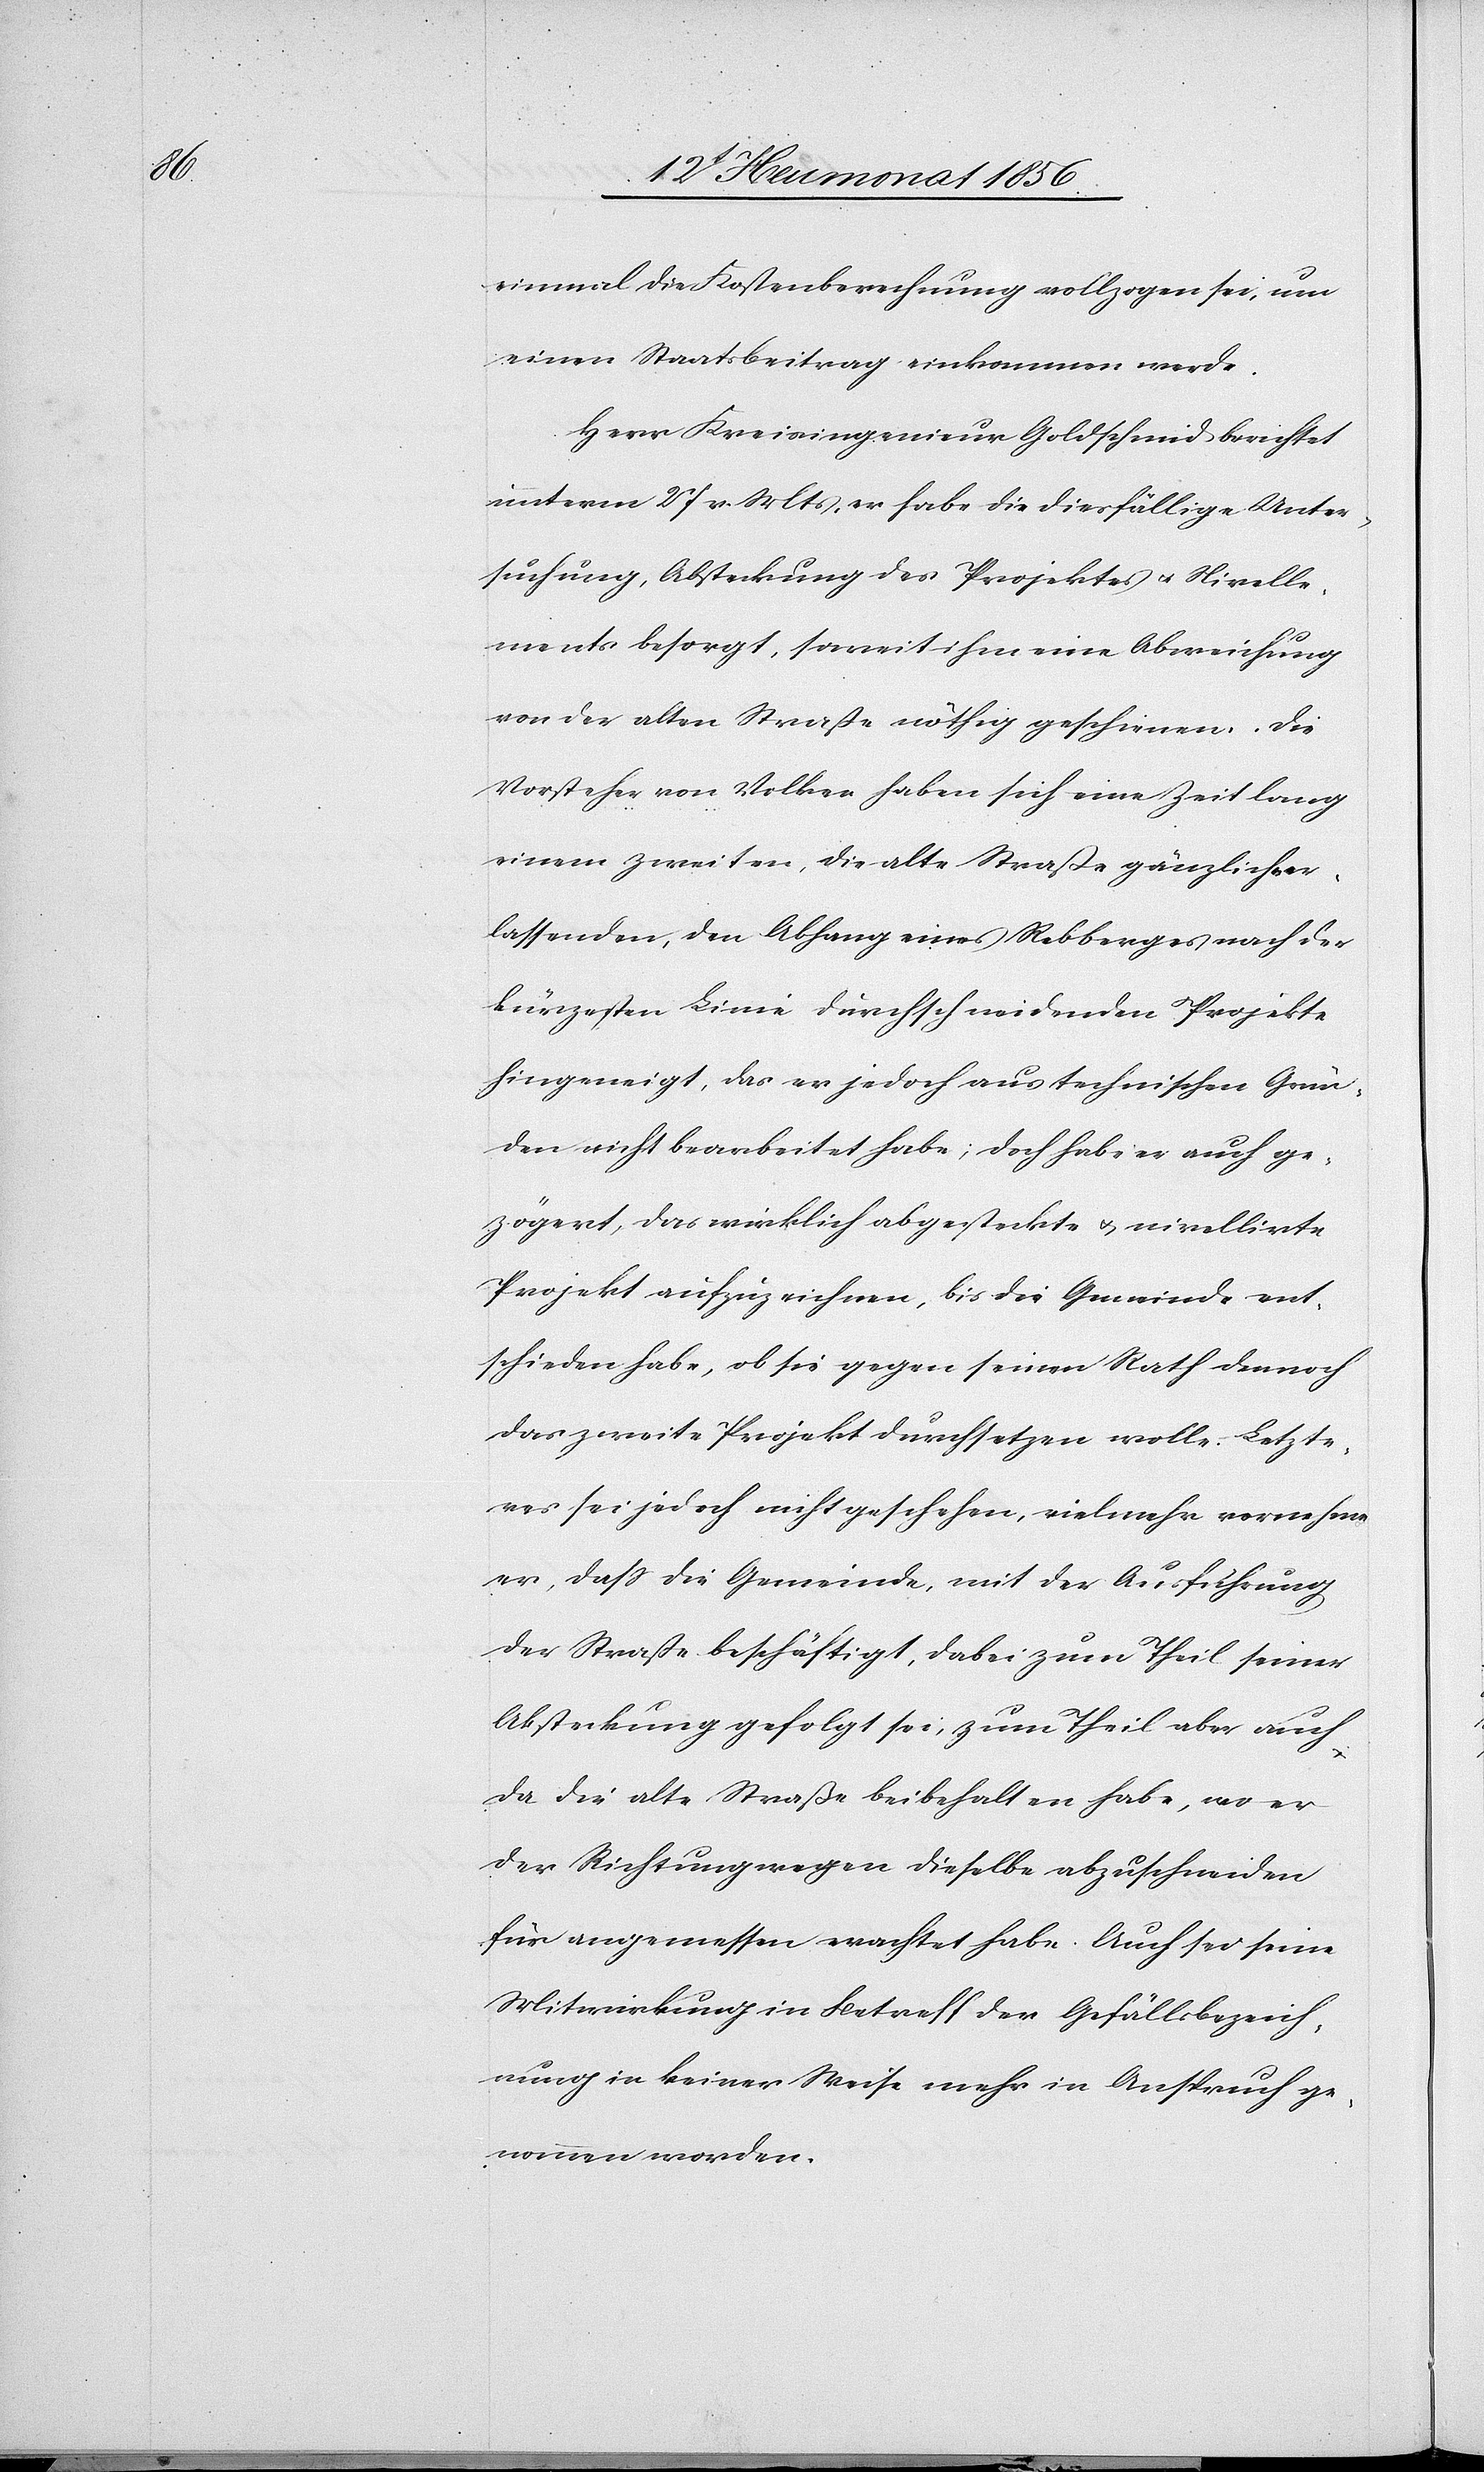
einmal die Kostenberechnung vollzogen sei, um
einen Staatsbeitrag einkommen werde.
Herr Kreisingenieur Goldschmid berichtet
unterm 27 v. Mts, er habe die diesfällige Unter¬
suchung, Absteckung des Projektes u. Nivelle¬
ments besorgt, soweit ihm eine Abweichung
von der alten Straße nöthig geschienen. Die
Vorsteher von Volken haben sich eine Zeit lang
einem zweiten, die alte Straße gänzlich er¬
lassenden, den Abhang eines Rebberges nach der
kürzesten Linie durchschneidenden Projekte
hingeneigt, das er jedoch aus technischen Grün¬
den nicht bearbeitet habe; doch habe er auch ge¬
zögert, das wirklich abgesteckte u. nivellirte
Projekt aufzuzeichnen, bis die Gemeinde ent¬
schieden habe, ob sie gegen seinen Rath dennoch
das zweite Projekt durchsetzen wolle. Letzte¬
res sei jedoch nicht geschehen, vielmehr vernehme
er, dass die Gemeinde, mit der Ausführung
der Straße beschäftigt, dabei zum Theil seiner
Absteckung gefolgt sei, zum Theil aber auch
da die alte Straße beibehalten habe, wo er
der Richtung wegen dieselbe abzuschneiden
für angemessen erachtet habe. Auch sei seine
Mitwirkung in Betreff der Gefällsbezeich¬
nung in keiner Weise mehr in Anspruch ge¬
nommen worden.